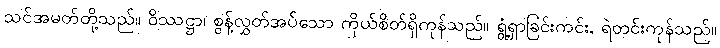
သင်အမတ်တို့သည်။ ဝိဿဋ္ဌာ၊ စွန့်လွှတ်အပ်သော ကိုယ်စိတ်ရှိကုန်သည်။ ရွံ့ရှာခြင်းကင်း, ရဲတင်းကုန်သည်။